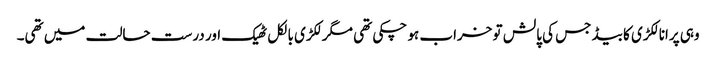
وہی پرانا لکڑی کا بیڈ جس کی پالش تو خراب ہو چکی تھی مگر لکڑی بالکل ٹھیک اور درست حالت میں تھی۔